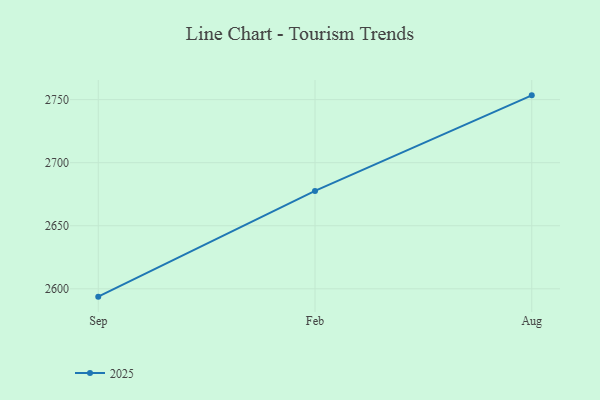
{"axis": {"x": "Month", "y": "Website Visitors"}, "legend": ["2025"], "data": [{"x": "Sep", "y": 2593.8, "type": "2025"}, {"x": "Feb", "y": 2677.6, "type": "2025"}, {"x": "Aug", "y": 2753.4, "type": "2025"}]}